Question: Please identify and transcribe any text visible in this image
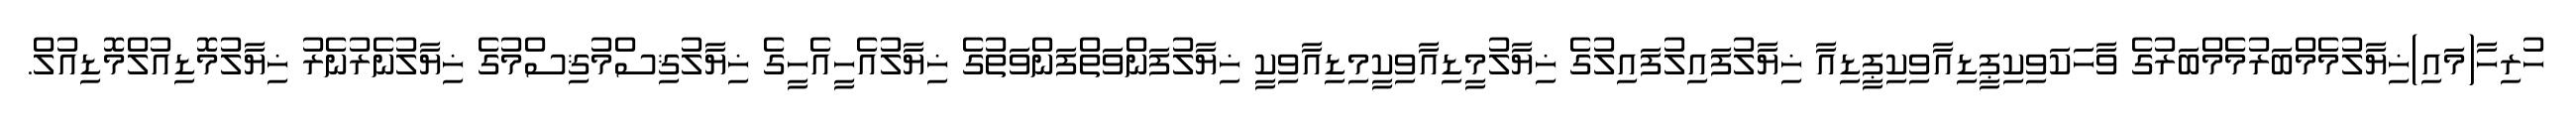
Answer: ހުރިހާ(މައި)ޚިޔާލުމެމްބަރުމެމްބަރުގެ ވާހަކަވިކިޕީޑިއާވިކިޕީޑިއާ ޚިޔާލުފައިލުފައިލުގެ ޚިޔާލުމީޑިއާވިކީމިޑިއާވިކީ ޚިޔާލުފަންވަތްފަންވަތުގެ ޚިޔާލުއެހީއެހީގެ ޚިޔާލުޤިސްމުޤިސްމުގެ ޚިޔާލުނެރުނެރު ޚިޔާލުމޮޑިއުލްމޮޑިއުލް.